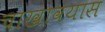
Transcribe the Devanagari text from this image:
चाखावयास